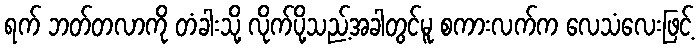
ရက် ဘတ်တလာကို တံခါးသို့ လိုက်ပို့သည့်အခါတွင်မူ စကားလက်က လေသံလေးဖြင့်